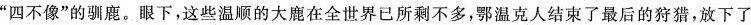
”四不像”的驯鹿。眼下，这些温顺的大鹿在全世界已所剩不多，鄂温克人结束了最后的狩猎，放下了